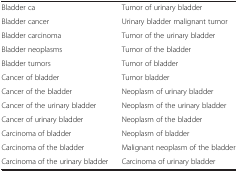
<table><thead><tr><td colspan="2"><b> </b></td></tr></thead><tbody><tr><td>Bladder ca</td><td>Tumor of urinary bladder</td></tr><tr><td>Bladder cancer</td><td>Urinary bladder malignant tumor</td></tr><tr><td>Bladder carcinoma</td><td>Tumor of the urinary bladder</td></tr><tr><td>Bladder neoplasms</td><td>Tumor of the bladder</td></tr><tr><td>Bladder tumors</td><td>Tumor of bladder</td></tr><tr><td>Cancer of bladder</td><td>Tumor bladder</td></tr><tr><td>Cancer of the bladder</td><td>Neoplasm of urinary bladder</td></tr><tr><td>Cancer of the urinary bladder</td><td>Neoplasm of the urinary bladder</td></tr><tr><td>Cancer of urinary bladder</td><td>Neoplasm of the bladder</td></tr><tr><td>Carcinoma of bladder</td><td>Neoplasm of bladder</td></tr><tr><td>Carcinoma of the bladder</td><td>Malignant neoplasm of the bladder</td></tr><tr><td>Carcinoma of the urinary bladder</td><td>Carcinoma of urinary bladder</td></tr></tbody></table>